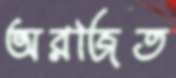
অরজিত